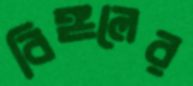
বিঙ্গলের